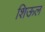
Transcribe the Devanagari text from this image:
शिऊल